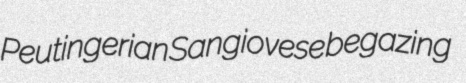
Peutingerian Sangiovese begazing